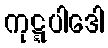
ကုဋ္ဋပါဒေါ